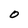
Character: O